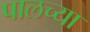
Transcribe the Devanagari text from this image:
पालच्या